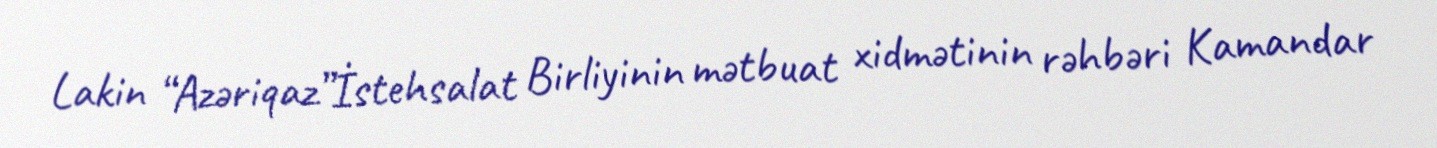
Lakin “Azəriqaz”İstehsalat Birliyinin mətbuat xidmətinin rəhbəri Kamandar